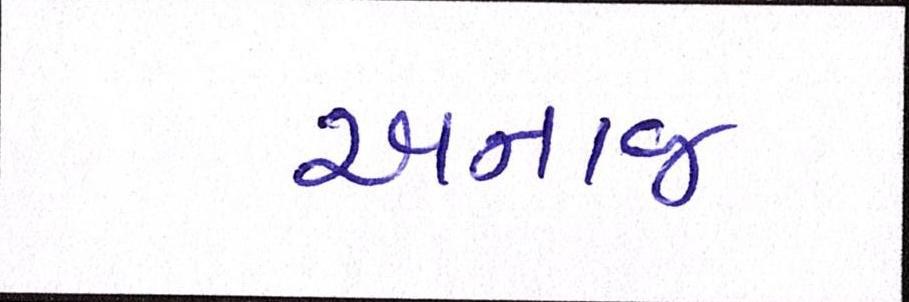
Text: અનાજ